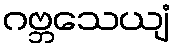
ဂဗ္ဘသေယျံ